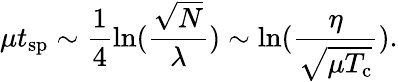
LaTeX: \mu t_{\mathrm{sp}}\sim\frac{1}{4}\ln(\frac{\sqrt N}{\lambda})\sim\ln(\frac{\eta}{\sqrt{\mu T_{\mathrm{c}}}}).